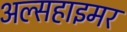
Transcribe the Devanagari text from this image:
अल्सहाइमर